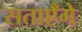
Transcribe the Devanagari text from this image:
सताएँगे